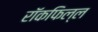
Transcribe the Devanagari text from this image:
रॉकफिल्ल